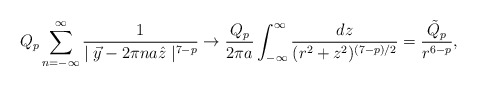
\begin{align*}Q_p \sum_{n = - \infty}^\infty \frac{1}{\mid \vec{y} - 2\pi n a \hat{z} \mid^{7 - p}} \rightarrow \frac{Q_p}{2\pi a} \int_{- \infty}^\infty \frac{dz}{(r^2 + z^2)^{(7 - p)/2}}= \frac{\tilde{Q}_p}{ r^{6 - p}},\end{align*}